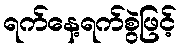
ရက်နေ့ရက်စွဲဖြင့်